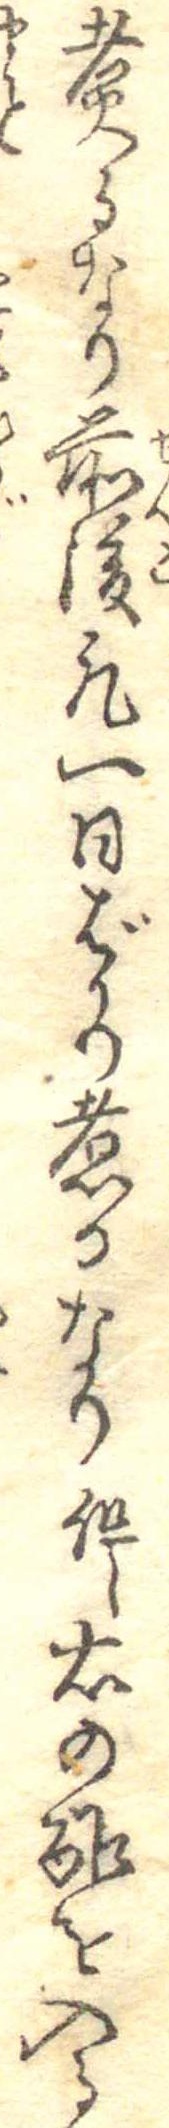
煮るなり前後凡一日ばかり煮るなり但し右の酢を入る